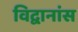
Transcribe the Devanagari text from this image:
विद्वानांस